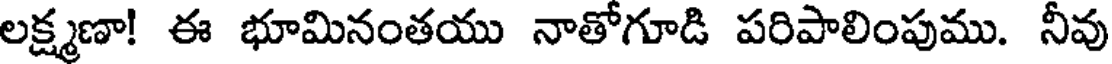
లక్ష్మణా! ఈ భూమినంతయు నాతోగూడి పరిపాలింపుము. నీవు